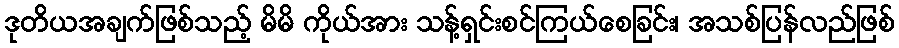
ဒုတိယအချက်ဖြစ်သည့် မိမိ ကိုယ်အား သန့်ရှင်းစင်ကြယ်စေခြင်း၊ အသစ်ပြန်လည်ဖြစ်